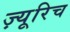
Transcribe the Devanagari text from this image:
ज़्यूरिच